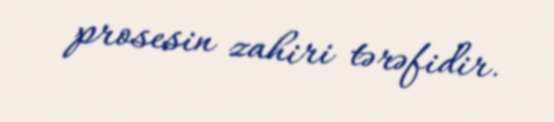
prosesin zahiri tərəfidir.